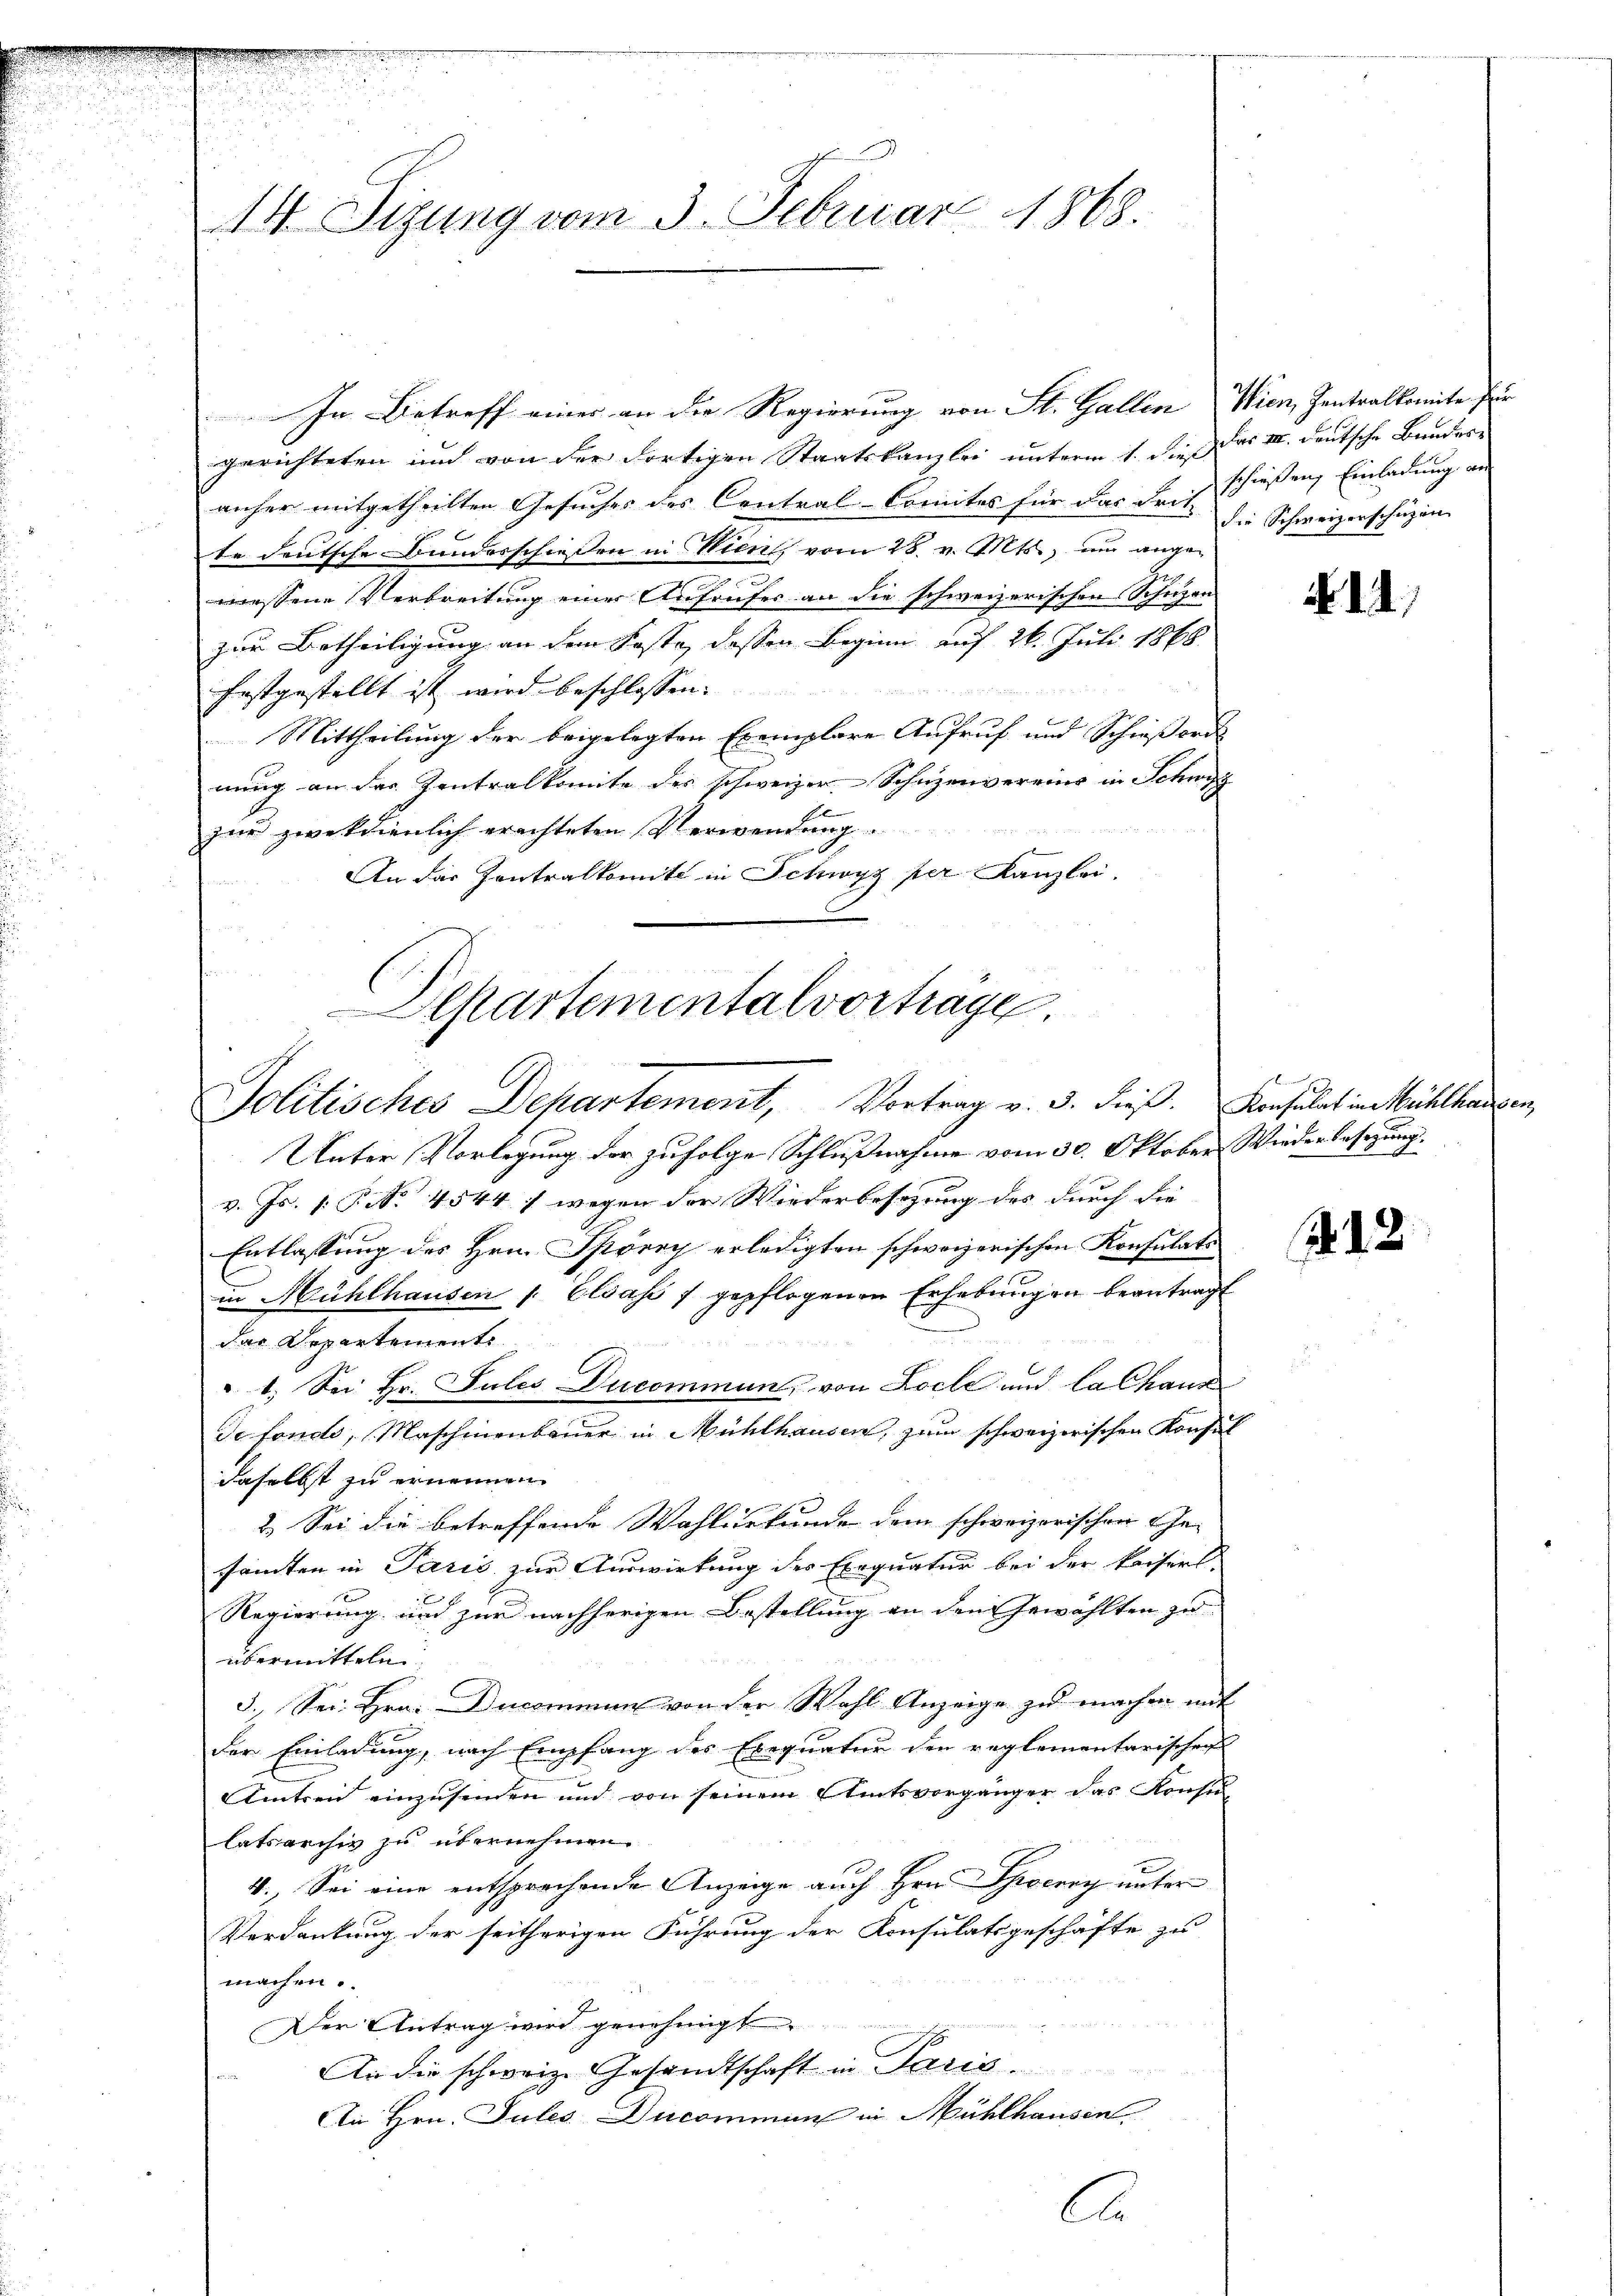
14 Sizung vom 3. Februar 1868.

In Betreff einer an die Regierung von St. Gallen Wien, Zentralkomite zur
gerichteten und von der dortigen Staatskanzlei unterm 1. dieß das III. deutsche Bundere
anher mitgetheilten Gesuches des Central-Comites für das Frot. die Schweizerschüzen
te deutsche Bunderschiesen in Wien vom 28. v. Mts., und angemessene Verbreitung einer Aufrufer an die schweizerischen Schuzen
zur Urtheiligung an dem Faste, dessen Beginn auf 26. Juli 1868
2 x 2 2
festgestellt ist wird beschlossen:
1
Mittheilung der beigelegten Exemplare Aufruf und Schießord
nung an das Zentralkomite des schweizer. Schuzenvereins in Schwyz
zur zweckdienlich erachteten Verwendung.
An das Zentralkomité in Schwyz per Kanzlei-

Departementalvorträge.
Jolitisches Departement, Vortrag v. 3. dieß. Konsulat in Mühlhausen,

Unter Vorlegung der zufolge Schlußnahme vom 30. Oktober Wiederbesezung.
v. Js. [: P. Nr. 4544) wegen der Wiederbesizung des durch die
Entlassung des Hrn. Spörry erledigten schweizerischen Konsulats
in Mühlhausen - Elsass f gepflogenen Erhebungen beantragt
das Departemente
1. Sei Hr. Julis Ducommun, von Loche und la Chaus
de fondo, Maschinenbauer in Mühlhausen, zum schweizerischen Konsul
daselbst zu ernennen.
2.) Sei die betreffende Wahlurkunde dem schweizerischen Gesamten in Pasis zur Auswirkung des Exequatur bei der kaiserl.
Regierung und zur nachherigen Bestellung an den Gewählten zu
übermitteln
5.) Sei Hrn. Ducommen von der Wahl Anzeige zu machen mit
der Einladung, nach Empfang des Exequatur den reglementarischen
Amtren einzusenden und von seinem Amtsvorgänger das Konsu
latsarchiv zu übernehmen.
4. Sei eine entsprechende Anzeige auch Hrn. Therey unter
Verdankung der seitherigen Führung der Konsulatsgeschäfte zu
machen.
Der Antrag wird genehmigt.
An die schweiz. Gesandtschaft in Paris
An Hrn. Jules Ducommen in Mühlhausen

C

schießen Einladung an

2

14

2.12.